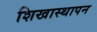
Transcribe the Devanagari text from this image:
शिखास्थापन